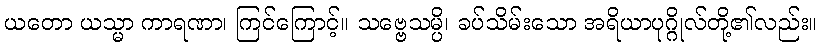
ယတော ယသ္မာ ကာရဏာ၊ ကြင်ကြောင့်။ သဗ္ဗေသမ္ပိ၊ ခပ်သိမ်းသော အရိယာပုဂ္ဂိုလ်တို့၏လည်း။